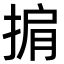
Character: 掮